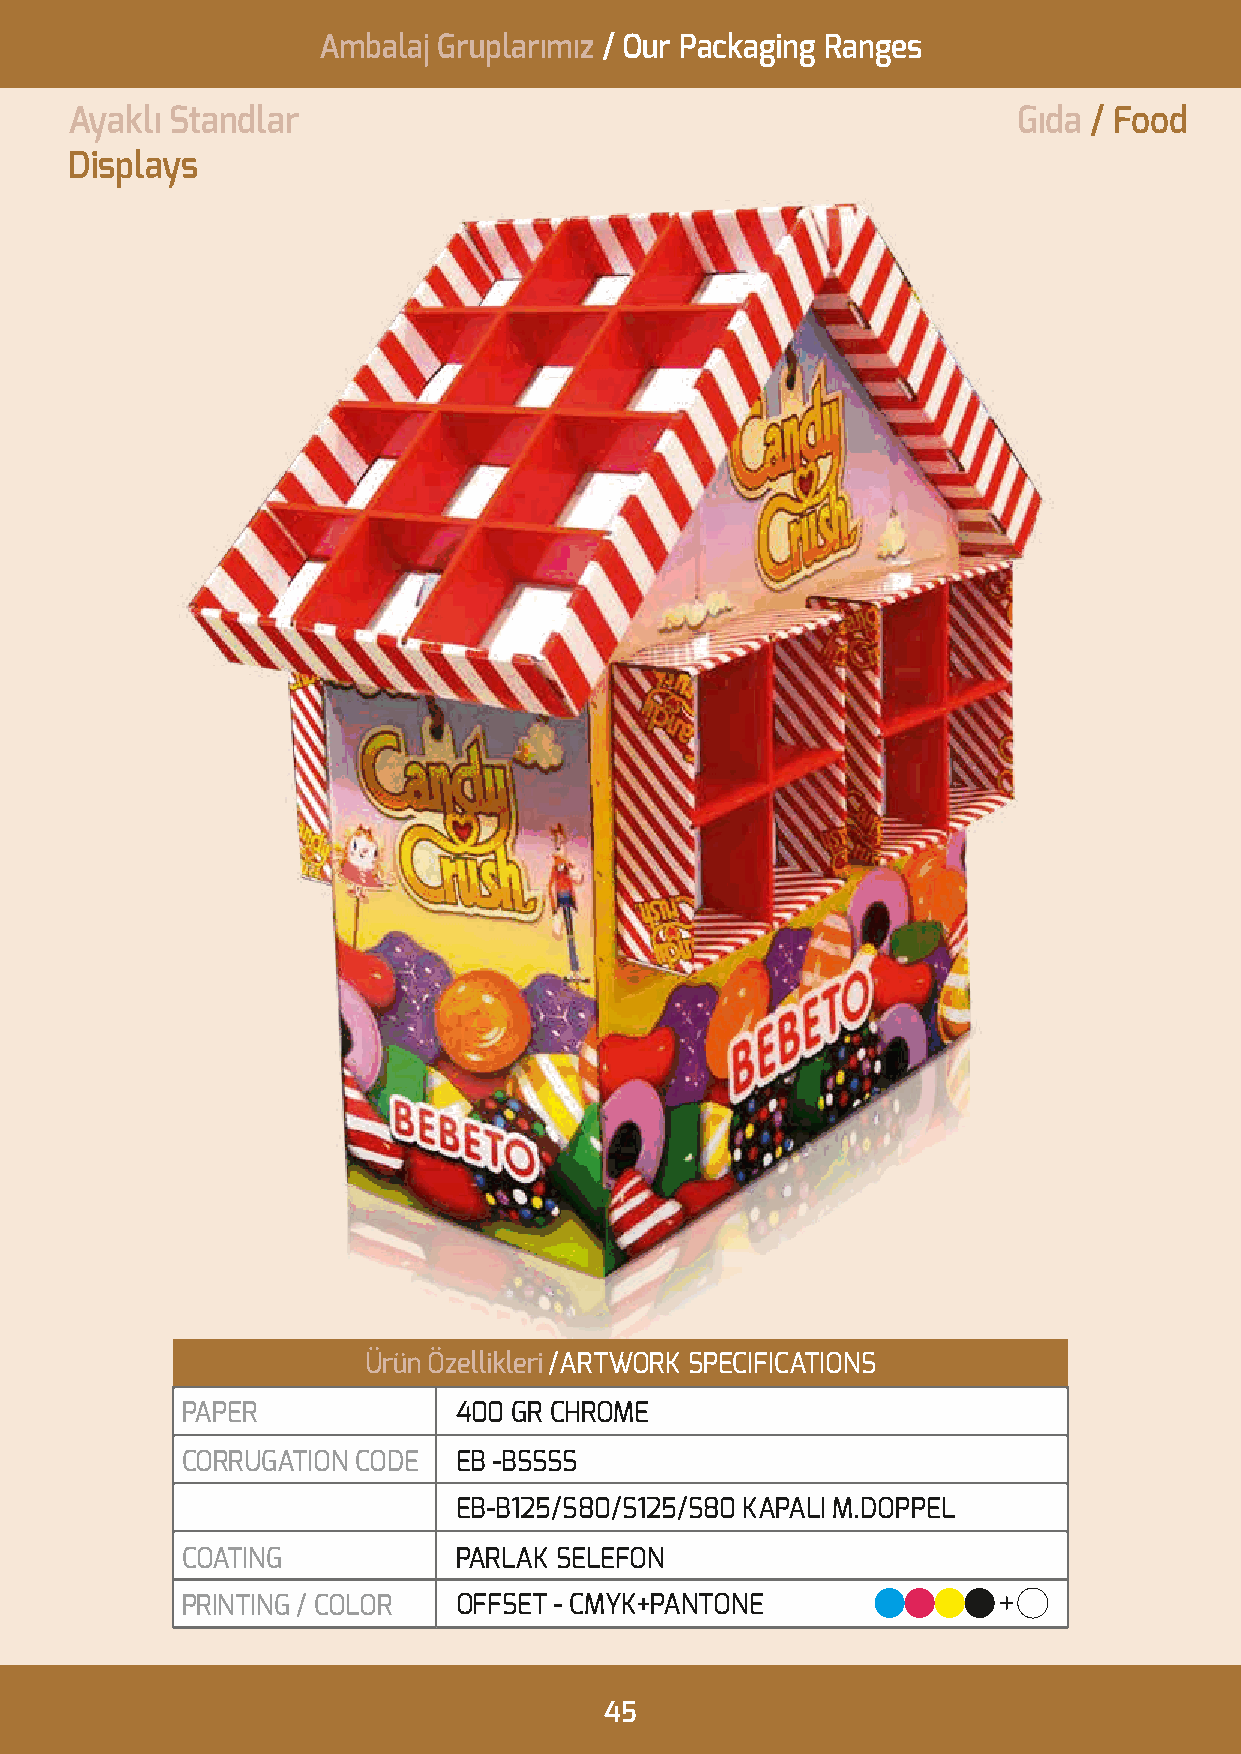
Ambalaj Gruplarımız / Our Packaging Ranges
 Ayaklı Standlar                                               Gıda / Food
 Displays
 Ürün Özellikleri /ARTWORK SPECIFICATIONS
 PAPER             400 GR CHROME
 CORRUGATION CODE  EB -BSSSS
 EB-B125/S80/S125/S80 KAPALI M.DOPPEL
 COATING           PARLAK SELEFON
 PRINTING / COLOR  OFFSET - CMYK+PANTONE
 45